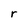
Character: r